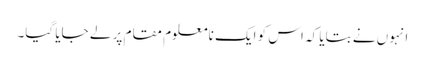
انہوں نے بتایا کہ اس کو ایک نامعلوم مقام پر لے جایا گیا۔